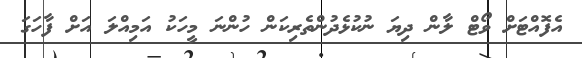
އެފޮއްޓަށް ވޯޓް ލާން ދިޔަ ނުކުޅެދުންތެރިކަން ހުންނަ މީހަކު އަމިއްލަ އަށް ފާހަގަ